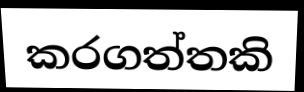
කරගත්තකි